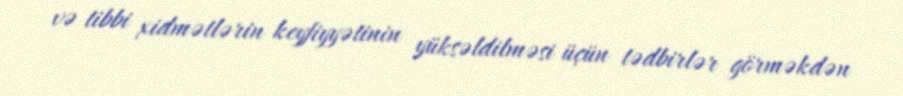
və tibbi xidmətlərin keyfiyyətinin yüksəldilməsi üçün tədbirlər görməkdən